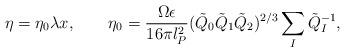
LaTeX: \begin{align*}\eta = \eta _{0}\lambda x, \qquad\eta_0 = \frac{\Omega \epsilon }{16\pi l_P^2}(\tilde{Q}_0\tilde{Q}_1\tilde{Q}_2)^{2/3}\sum_I\tilde{Q}_I^{-1},\end{align*}